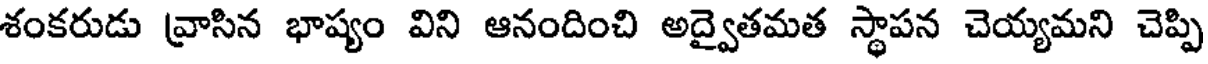
శంకరుడు వ్రాసిన భాష్యం విని ఆనందించి అద్వైతమత స్థాపన చెయ్యమని చెప్పి